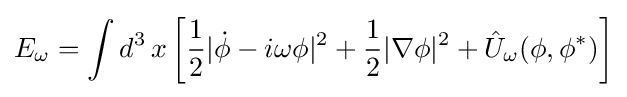
E_{\omega }=\int d^{3}\,x\left[{\frac {1}{2}}|{\dot {\phi }}-i\omega \phi |^{2}+{\frac {1}{2}}|\nabla \phi |^{2}+{\hat {U}}_{\omega }(\phi ,\phi ^{*})\right]